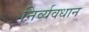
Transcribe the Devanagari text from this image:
निर्व्यवधान